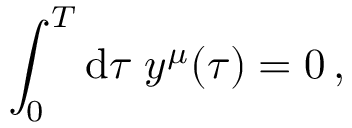
\int _ { 0 } ^ { T } \mathrm { d } \tau \; y ^ { \mu } ( \tau ) = 0 \, ,